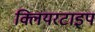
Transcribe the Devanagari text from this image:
क्लियरटाइप